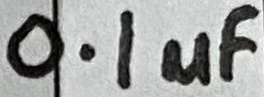
Text: 0.1µF